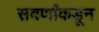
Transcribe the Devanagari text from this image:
सवर्णांकडून